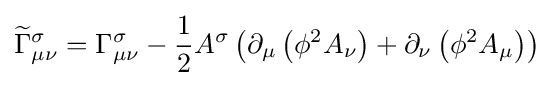
{\widetilde {\Gamma }}_{\mu \nu }^{\sigma }=\Gamma _{\mu \nu }^{\sigma }-{\frac {1}{2}}A^{\sigma }\left(\partial _{\mu }\left(\phi ^{2}A_{\nu }\right)+\partial _{\nu }\left(\phi ^{2}A_{\mu }\right)\right)